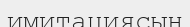
имитациясын